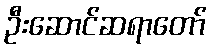
ဦးဆောင်ဆရာတော်